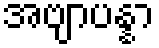
အဗျာပန္နာ